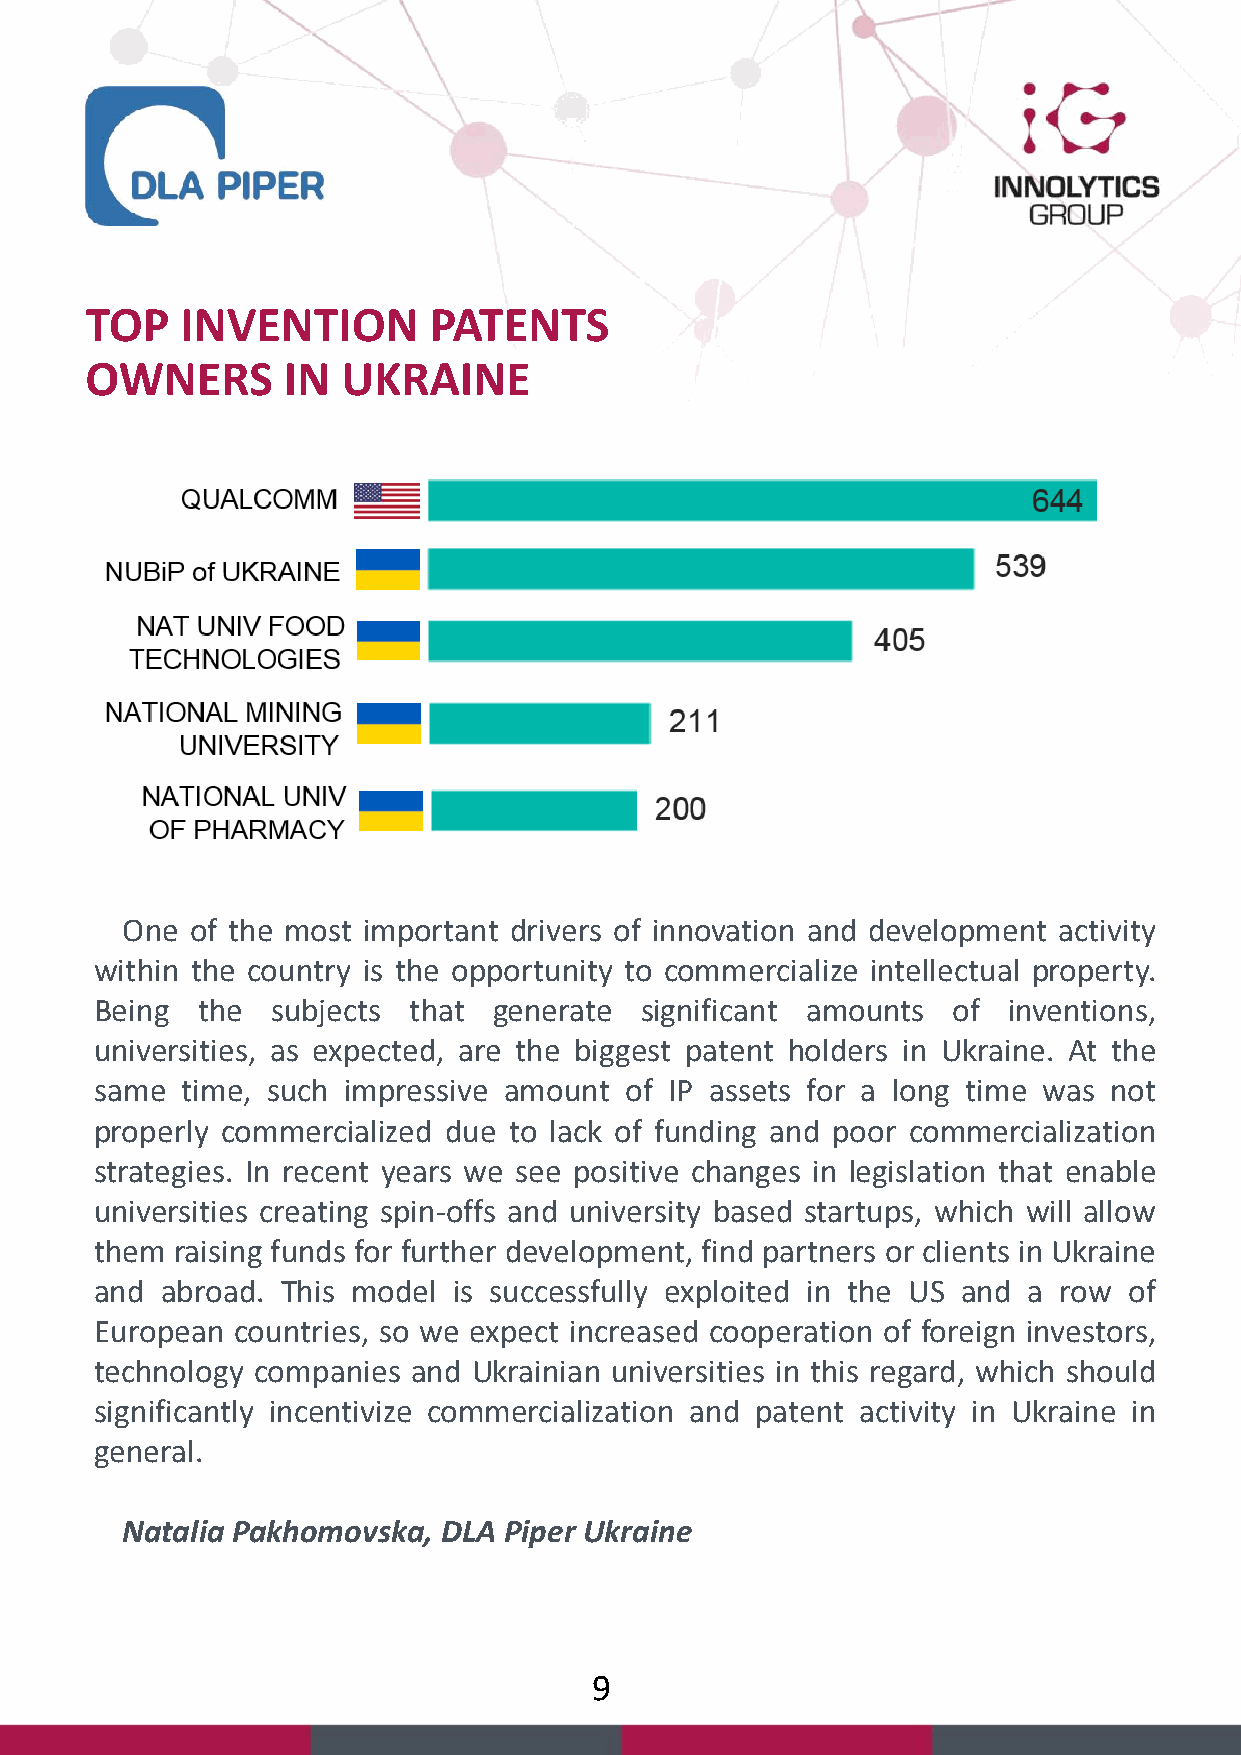
TOP   INVENTION       PATENTS
 OWNERS       IN  UKRAINE
 One  of the most important drivers of innovation and development activity
 within the country is the opportunity to commercialize intellectual property.
 Being  the  subjects that  generate significant amounts  of  inventions,
 universities, as expected, are the biggest patent holders in Ukraine. At the
 same  time, such impressive amount of IP assets for a long time was not
 properly commercialized due to lack of funding and poor commercialization
 strategies. In recent years we see positive changes in legislation that enable
 universities creating spin-offs and university based startups, which will allow
 them  raising funds for further development, find partners or clients in Ukraine
 and  abroad. This model is successfully exploited in the US and a row of
 European countries, so we expect increased cooperation of foreign investors,
 technology companies and Ukrainian universities in this regard, which should
 significantly incentivize commercialization and patent activity in Ukraine in
 general.
 Natalia Pakhomovska, DLA Piper Ukraine
 9